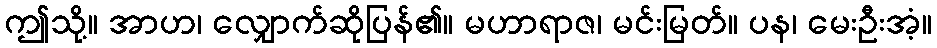
ဤသို့။ အာဟ၊ လျှောက်ဆိုပြန်၏။ မဟာရာဇ၊ မင်းမြတ်။ ပန၊ မေးဦးအံ့။